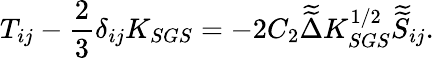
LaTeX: T_{ij}-\frac{2}{3}\delta_{ij}K_{SGS}=-2C_{2}\widetilde{\widetilde{\Delta}}K_{SGS}^{1/2}\widetilde{\widetilde{S}}_{ij}.